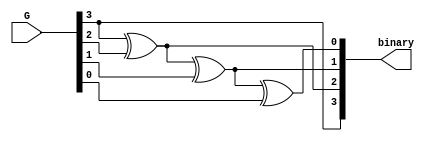
`timescale 1ns / 1ps
//////////////////////////////////////////////////////////////////////////////////
// Company: 
// Engineer: 
// 
// Design Name: 
// Module Name: gray_binary
// Project Name: 
// Target Devices: 
// Tool Versions: 
// Description: 
// 
// Dependencies: 
// 
// Revision:
// Revision 0.01 - File Created
// Additional Comments:
// 
//////////////////////////////////////////////////////////////////////////////////



    
module gray2bin
            (input [3:0] G, 
             output [3:0] binary   
            );
    
    assign binary[3] = G[3];
    assign binary[2] = G[3] ^ G[2];
    assign binary[1] = G[3] ^ G[2] ^ G[1];
    assign binary[0] = G[3] ^ G[2] ^ G[1] ^ G[0];
endmodule